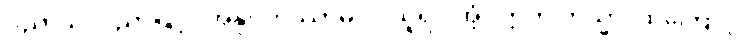
ပညာယ၊ ပညာဖြင့်။ အနုဂ္ဂဟိဿာမိ၊ ငါယူရပါအံ့။ ဣတိ တသ္မာ၊ ထိုကြောင့်။